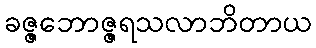
ခဇ္ဇဘောဇ္ဇရသလာဘိတာယ